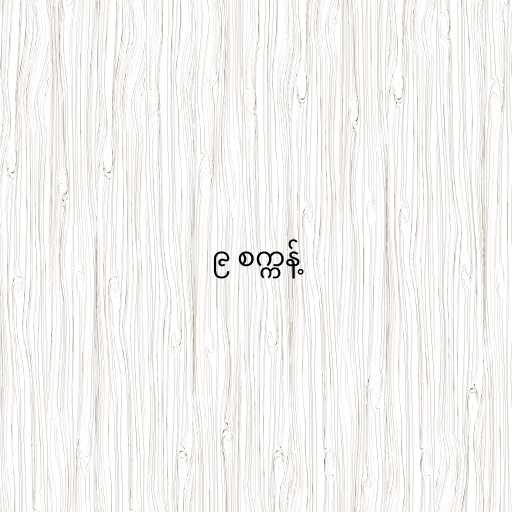
၉ စက္ကန့်